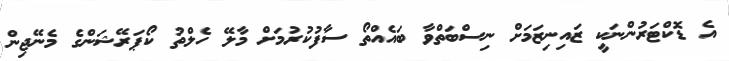
އެ ޑޮކްޓަރުންނަކީ ޒައިނިޒަމަށް ނިސްބަތްވާ ބައެއްތޯ ސާފުކުރުމަށް މާލޭ ހެލްތު ކޯޕަރޭޝަންގެ މެނޭޖިން